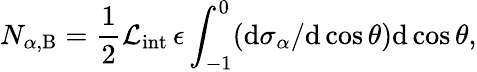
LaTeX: N_{\alpha,\mathrm{B}}=\frac{1}{2}{\cal L}_{\mathrm{int}}\, \epsilon\int_{-1}^{0}(\mathrm{d}\sigma_{\alpha}/\mathrm{d}\cos\theta)\mathrm{d}\cos\theta,